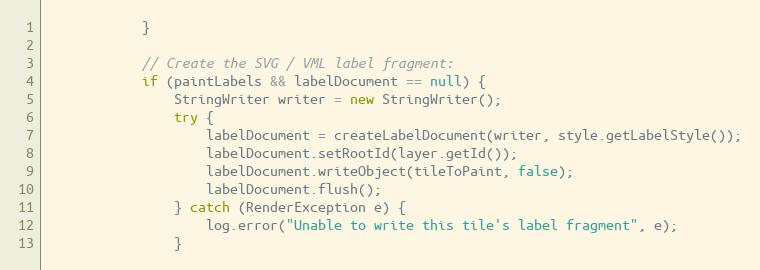
Language: Java
			}

			// Create the SVG / VML label fragment:
			if (paintLabels && labelDocument == null) {
				StringWriter writer = new StringWriter();
				try {
					labelDocument = createLabelDocument(writer, style.getLabelStyle());
					labelDocument.setRootId(layer.getId());
					labelDocument.writeObject(tileToPaint, false);
					labelDocument.flush();
				} catch (RenderException e) {
					log.error("Unable to write this tile's label fragment", e);
				}